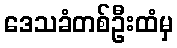
ဒေသခံတစ်ဦးထံမှ